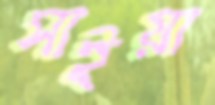
সাইয়া